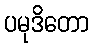
ပမုဒိတော